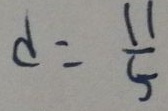
d = \frac { 1 1 } { 5 }